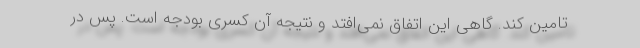
تامین کند. گاهی این اتفاق نمی‌افتد و نتیجه آن کسری بودجه است. پس در